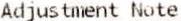
ADJUSTMENT NOTE